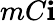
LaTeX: mC\mathbf{i}